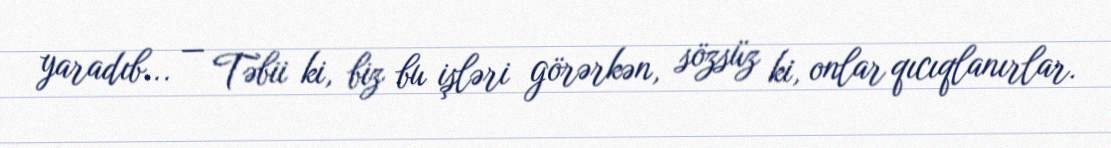
yaradıb... — Təbii ki, biz bu işləri görərkən, sözsüz ki, onlar qıcıqlanırlar.